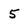
Character: 5